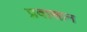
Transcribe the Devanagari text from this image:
प्रवासान